Lunatic asylums Punjab 1868-1880 - 1868-1880
Year: 1868
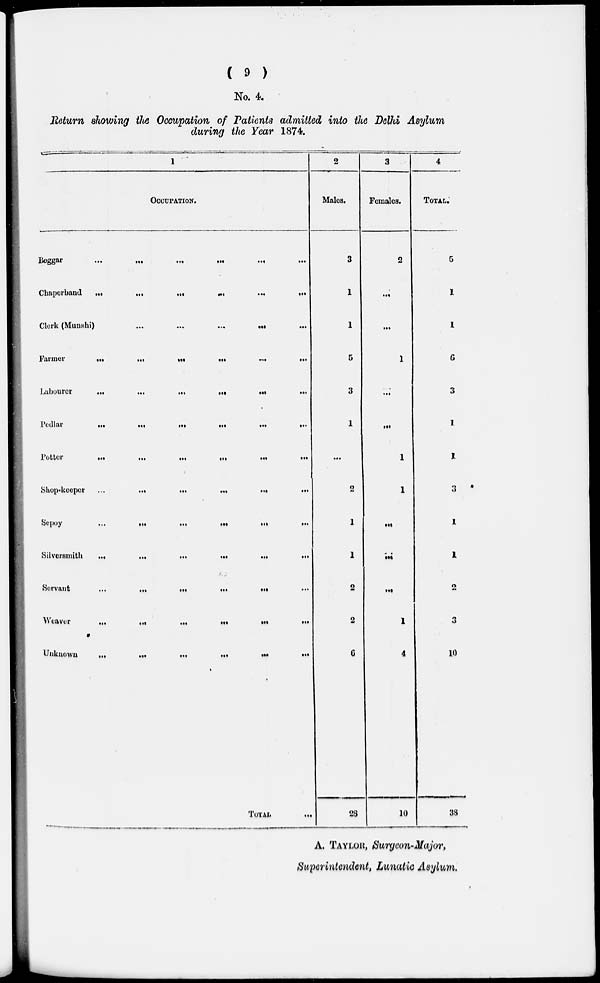
( 9 )
No. 4.
Return showing (the Occupation of Patients admitted into the Delhi Asylum
during the Year 1874.
1
OCCUPATION.
Beggar
...
...
...
...
...
...
Chaperband
...
...
...
...
...
...
Clerk (Munshi)
...
...
...
...
...
Farmer
...
...
...
...
....
...
Labourer
...
...
...
...
...
...
Pedlar
...
...
...
...
...
...
Jotter
...
...
...
...
...
...
Shop-keeper
...
...
...
...
...
...
Sepoy
...
...
...
...
...
...
Silversmith ... ... ... ... ... ...
Servant
...
...
...
...
...
Weaver
...
...
...
...
...
...
Unknown
...
...
...
...
...
...
TOTAL ...
2
Males.
3
1
1
5
3
1
...
2
1
1
2
2
6
28
3
Females.
2
...
...
1
...
...
1
1
...
...
...
1
4
10
4
TOTAL.
5
1
1
6
3
1
1
3
1
1
2
3
10
38
A. TAYLOR, Surgeon-Major,
Superintendent, Lunatic Asylum.